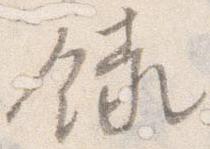
録